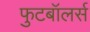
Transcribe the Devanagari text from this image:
फुटबॉलर्स